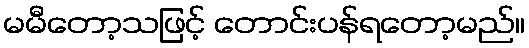
မမီတော့သဖြင့် တောင်းပန်ရတော့မည်။